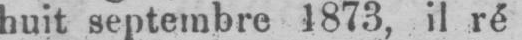
huit septembre 1873, il ré